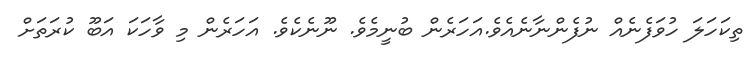
ތިކަހަލަ ހުވަފެނެއް ނުފެންނާނެއެވެ.އަހަރެން ބުނީމެވެ. ނޫނެކެވެ. އަހަރެން މި ވާހަކަ އަބޫ ކުރަތަށް